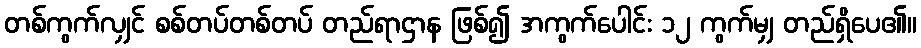
တစ်ကွက်လျှင် စစ်တပ်တစ်တပ် တည်ရာဌာန ဖြစ်၍ အကွက်ပေါင်း ၁၂ ကွက်မျှ တည်ရှိပေ၏။